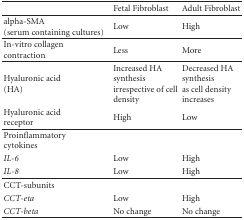
<table><thead><tr><td></td><td><b>Fetal Fibroblast</b></td><td><b>Adult Fibroblast</b></td></tr></thead><tbody><tr><td>alpha-SMA(serum containing cultures)</td><td>Low</td><td>High</td></tr><tr><td>In-vitro collagencontraction</td><td>Less</td><td>More</td></tr><tr><td>Hyaluronic acid (HA)</td><td>Increased HA synthesisirrespective of cell density</td><td>Decreased HA synthesisas cell density increases</td></tr><tr><td>Hyaluronic acidreceptor</td><td>High</td><td>Low</td></tr><tr><td>Proinflammatorycytokines</td><td></td><td></td></tr><tr><td><i>IL-6</i></td><td>Low</td><td>High</td></tr><tr><td><i>IL-8</i></td><td>Low</td><td>High</td></tr><tr><td>CCT-subunits</td><td></td><td></td></tr><tr><td><i>CCT-eta</i></td><td>Low</td><td>High</td></tr><tr><td><i>CCT-beta</i></td><td>No change</td><td>No change</td></tr></tbody></table>